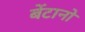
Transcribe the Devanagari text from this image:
बेंटानो